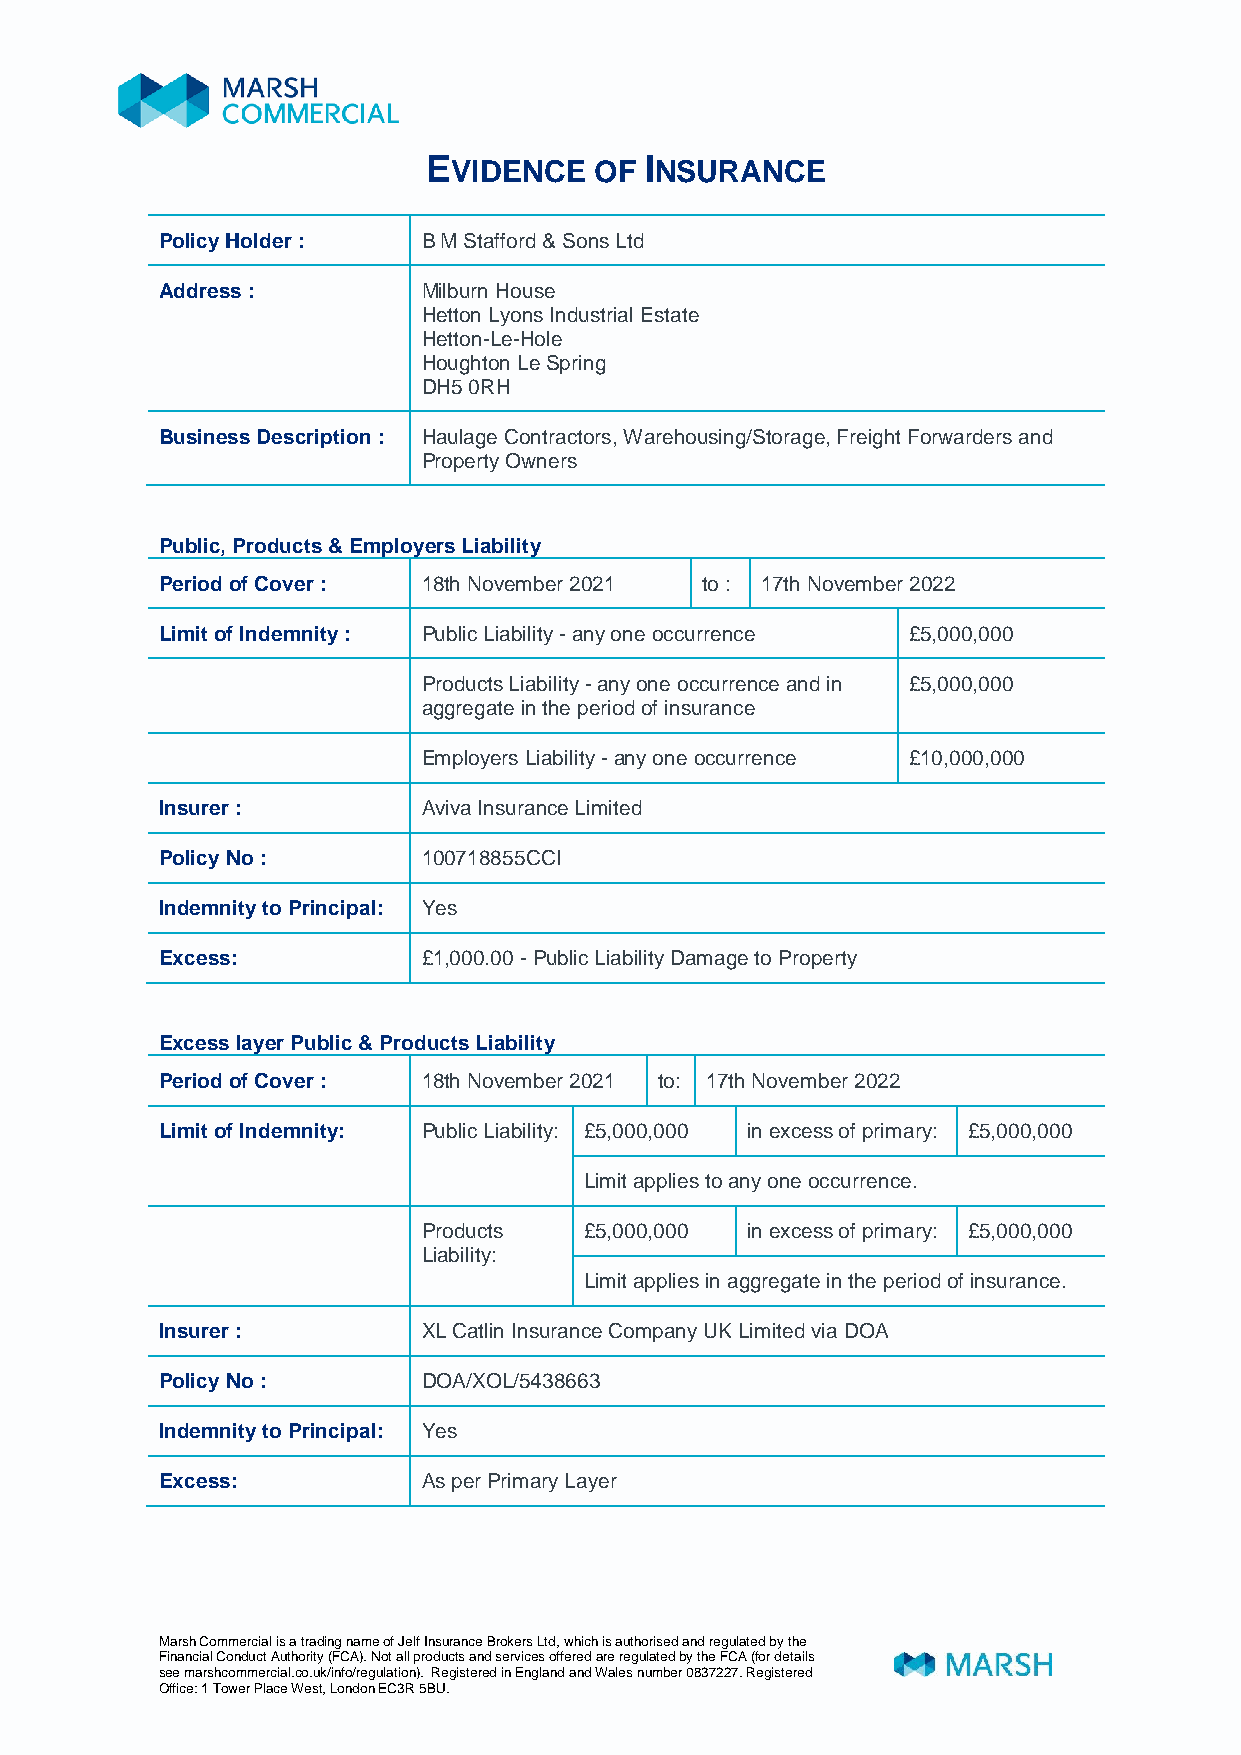
EVIDENCE   OF  INSURANCE
 Policy Holder :  B M Stafford & Sons Ltd
 Address :        Milburn House
 Hetton Lyons Industrial Estate
 Hetton-Le-Hole
 Houghton Le Spring
 DH5 0RH
 Business Description : Haulage Contractors, Warehousing/Storage, Freight Forwarders and
 Property Owners
 Public, Products & Employers Liability
 Period of Cover : 18th November 2021 to : 17th November 2022
 Limit of Indemnity : Public Liability - any one occurrence £5,000,000
 Products Liability - any one occurrence and in £5,000,000
 aggregate in the period of insurance
 Employers Liability - any one occurrence £10,000,000
 Insurer :        Aviva Insurance Limited
 Policy No :      100718855CCI
 Indemnity to Principal: Yes
 Excess:          £1,000.00 - Public Liability Damage to Property
 Excess layer Public & Products Liability
 Period of Cover : 18th November 2021 to: 17th November 2022
 Limit of Indemnity: Public Liability: £ 5 , 0 00,000 in excess of primary: £5,000,000
 Limit applies to any one occurrence.
 Products   £5,000,000 in excess of primary: £5,000,000
 Liability:
 Limit applies in aggregate in the period of insurance.
 Insurer :        XL Catlin Insurance Company UK Limited via DOA
 Policy No :      DOA/XOL/5438663
 Indemnity to Principal: Yes
 Excess:          As per Primary Layer
 Marsh Commercial is a trading name of Jelf Insurance Brokers Ltd, which is authorised and regulated by the
 Financial Conduct Authority (FCA). Not all products and services offered are regulated by the FCA (for details
 see marshcommercial.co.uk/info/regulation). Registered in England and Wales number 0837227. Registered
 Office: 1 Tower Place West, London EC3R 5BU.